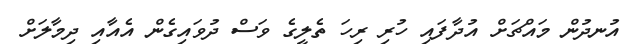
އުނދުން މައްޗަށް އުދާފައި ހުރި ރިހަ ތެލީގެ ވަސް ދުވައިގެން އެއާއި ދިމާލަށް